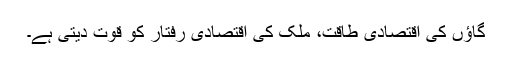
گاؤں کی اقتصادی طاقت، ملک کی اقتصادی رفتار کو قوت دیتی ہے۔